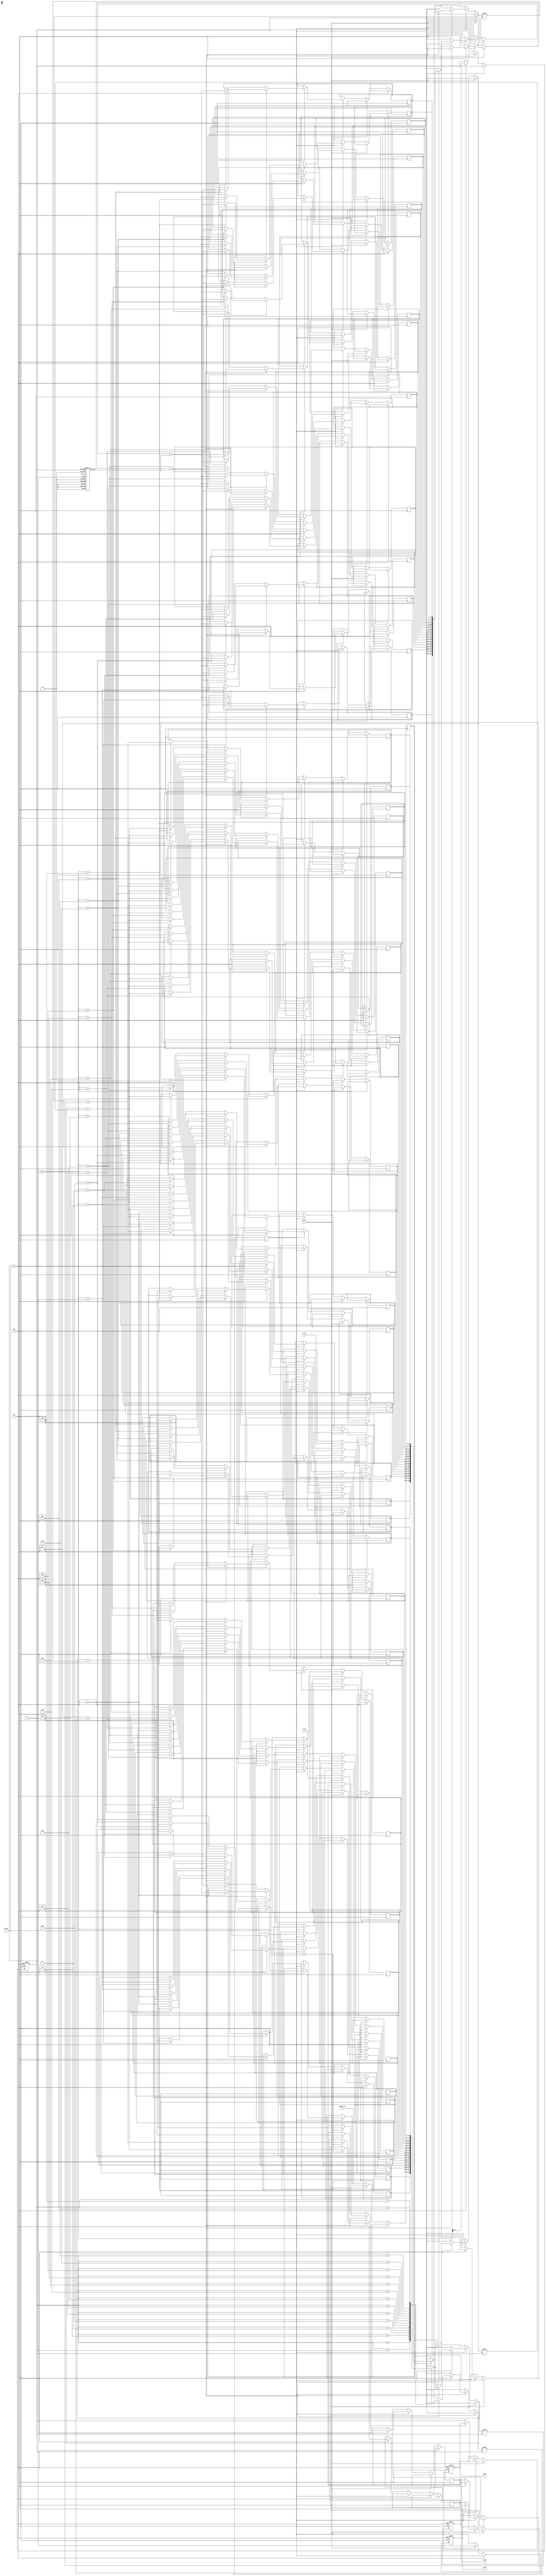
module cordic_pipelined (
    input clk,
    input rst,
    input start,
    input [15:0] x_in,        // Fixed-point input X
    input [15:0] y_in,        // Fixed-point input Y
    input [15:0] theta_in,    // Fixed-point angle input
    output reg [15:0] x_out,   // Fixed-point output X'
    output reg [15:0] y_out,   // Fixed-point output Y'
    output reg done           // Indicates computation is complete
);

    // CORDIC parameters
    parameter NUM_ITER = 16; // Number of iterations
    parameter ANGLE_WIDTH = 16; // Width for angle representation
    reg [ANGLE_WIDTH-1:0] angle_table [0:NUM_ITER-1]; // Lookup table for angles
    reg [15:0] k_values [0:NUM_ITER-1]; // Scaling factors

    // Pipeline registers
    reg [15:0] x_reg [0:NUM_ITER]; // X registers per stage
    reg [15:0] y_reg [0:NUM_ITER]; // Y registers per stage
    reg [ANGLE_WIDTH-1:0] theta_reg [0:NUM_ITER]; // Angle registers
    reg [NUM_ITER-1:0] dir_reg; // Rotation direction

    // Control signals
    reg [3:0] stage; // Current stage of the pipeline
    reg start_reg; // Start signal register
    reg compute_done; // Flag for completion

    initial begin
        // Initialize angle table and scaling factors
        // (These values should be filled with actual CORDIC values)
        angle_table[0] = 16'h4000; // atan(2^-0)
        angle_table[1] = 16'h2000; // atan(2^-1)
        angle_table[2] = 16'h1333; // atan(2^-2)
        // ... Fill the rest of angle values
        // Initialize scaling factors
        k_values[0] = 16'h1; // Scaling factor for iteration 0
        k_values[1] = 16'h1; // Scaling factor for iteration 1
        // ... Fill the rest of scaling factors
    end

    // Pipeline control logic
    always @(posedge clk or posedge rst) begin
        if (rst) begin
            stage <= 0;
            compute_done <= 0;
            x_out <= 0;
            y_out <= 0;
            done <= 0;
        end else if (start) begin
            start_reg <= 1; // Start computation
            x_reg[0] <= x_in;
            y_reg[0] <= y_in;
            theta_reg[0] <= theta_in;
            dir_reg <= 0; // Initialize direction
        end else if (start_reg) begin
            if (stage < NUM_ITER) begin
                // CORDIC iteration
                if (theta_reg[stage] < 0) begin
                    // Counterclockwise rotation
                    x_reg[stage+1] <= x_reg[stage] + (y_reg[stage] >>> stage);
                    y_reg[stage+1] <= y_reg[stage] - (x_reg[stage] >>> stage);
                    theta_reg[stage+1] <= theta_reg[stage] + angle_table[stage];
                    dir_reg[stage] <= 1; // Direction: CCW
                end else begin
                    // Clockwise rotation
                    x_reg[stage+1] <= x_reg[stage] - (y_reg[stage] >>> stage);
                    y_reg[stage+1] <= y_reg[stage] + (x_reg[stage] >>> stage);
                    theta_reg[stage+1] <= theta_reg[stage] - angle_table[stage];
                    dir_reg[stage] <= 0; // Direction: CW
                end
                stage <= stage + 1; // Move to the next stage
            end else begin
                // Final stage, output results
                x_out <= x_reg[NUM_ITER];
                y_out <= y_reg[NUM_ITER];
                compute_done <= 1; // Mark computation as done
                done <= 1; // Assert done signal
            end
        end
    end

endmodule